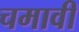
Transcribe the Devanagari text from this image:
चमावी